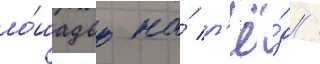
ло́шадью на́ л'ё́д /